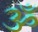
ૐ